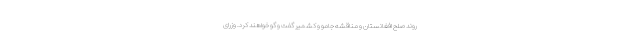
روند صلح افغانستان و مناقشه جامو و کشمیر گفت و گو خواهند کرد. وزرای